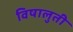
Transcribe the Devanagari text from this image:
विषालुती